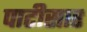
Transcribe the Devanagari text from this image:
पाटीसार